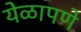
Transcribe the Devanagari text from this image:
येळापणे